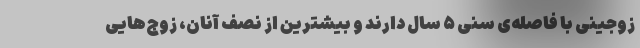
زوجینی با فاصله‌ی سنی ۵ سال دارند و بیشترین از نصف آنان، زوج‌هایی